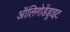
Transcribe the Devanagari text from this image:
ऑलिगोडेंड्राइट